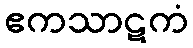
ဧကသာဋကံ